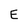
Character: E